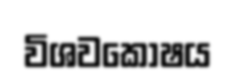
විශවකොෂය